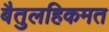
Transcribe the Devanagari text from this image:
बैतुलहिकमत